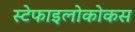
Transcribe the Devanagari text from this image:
स्टेफाइलोकोकस